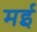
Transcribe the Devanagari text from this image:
मर्इ